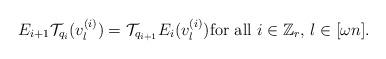
LaTeX: \begin{align*} E_{i+1} \mathcal{T}_{q_i}(v_l^{(i)}) = \mathcal{T}_{q_{i+1}} E_i(v_l^{(i)}) \mathrm{for} \ \mathrm{all} \ i \in \mathbb{Z}_r, \, l \in [\omega n].\end{align*}